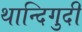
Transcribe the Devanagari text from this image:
थान्दिगुदी